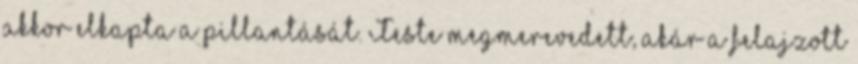
akkor elkapta a pillantását. Teste megmerevedett, akár a felajzott